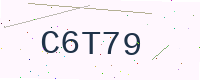
Text: C6T79